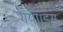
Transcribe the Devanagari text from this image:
गया।इस